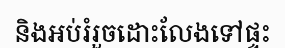
និងអប់រំរួចដោះលែងទៅផ្ទះ